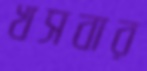
খসবার